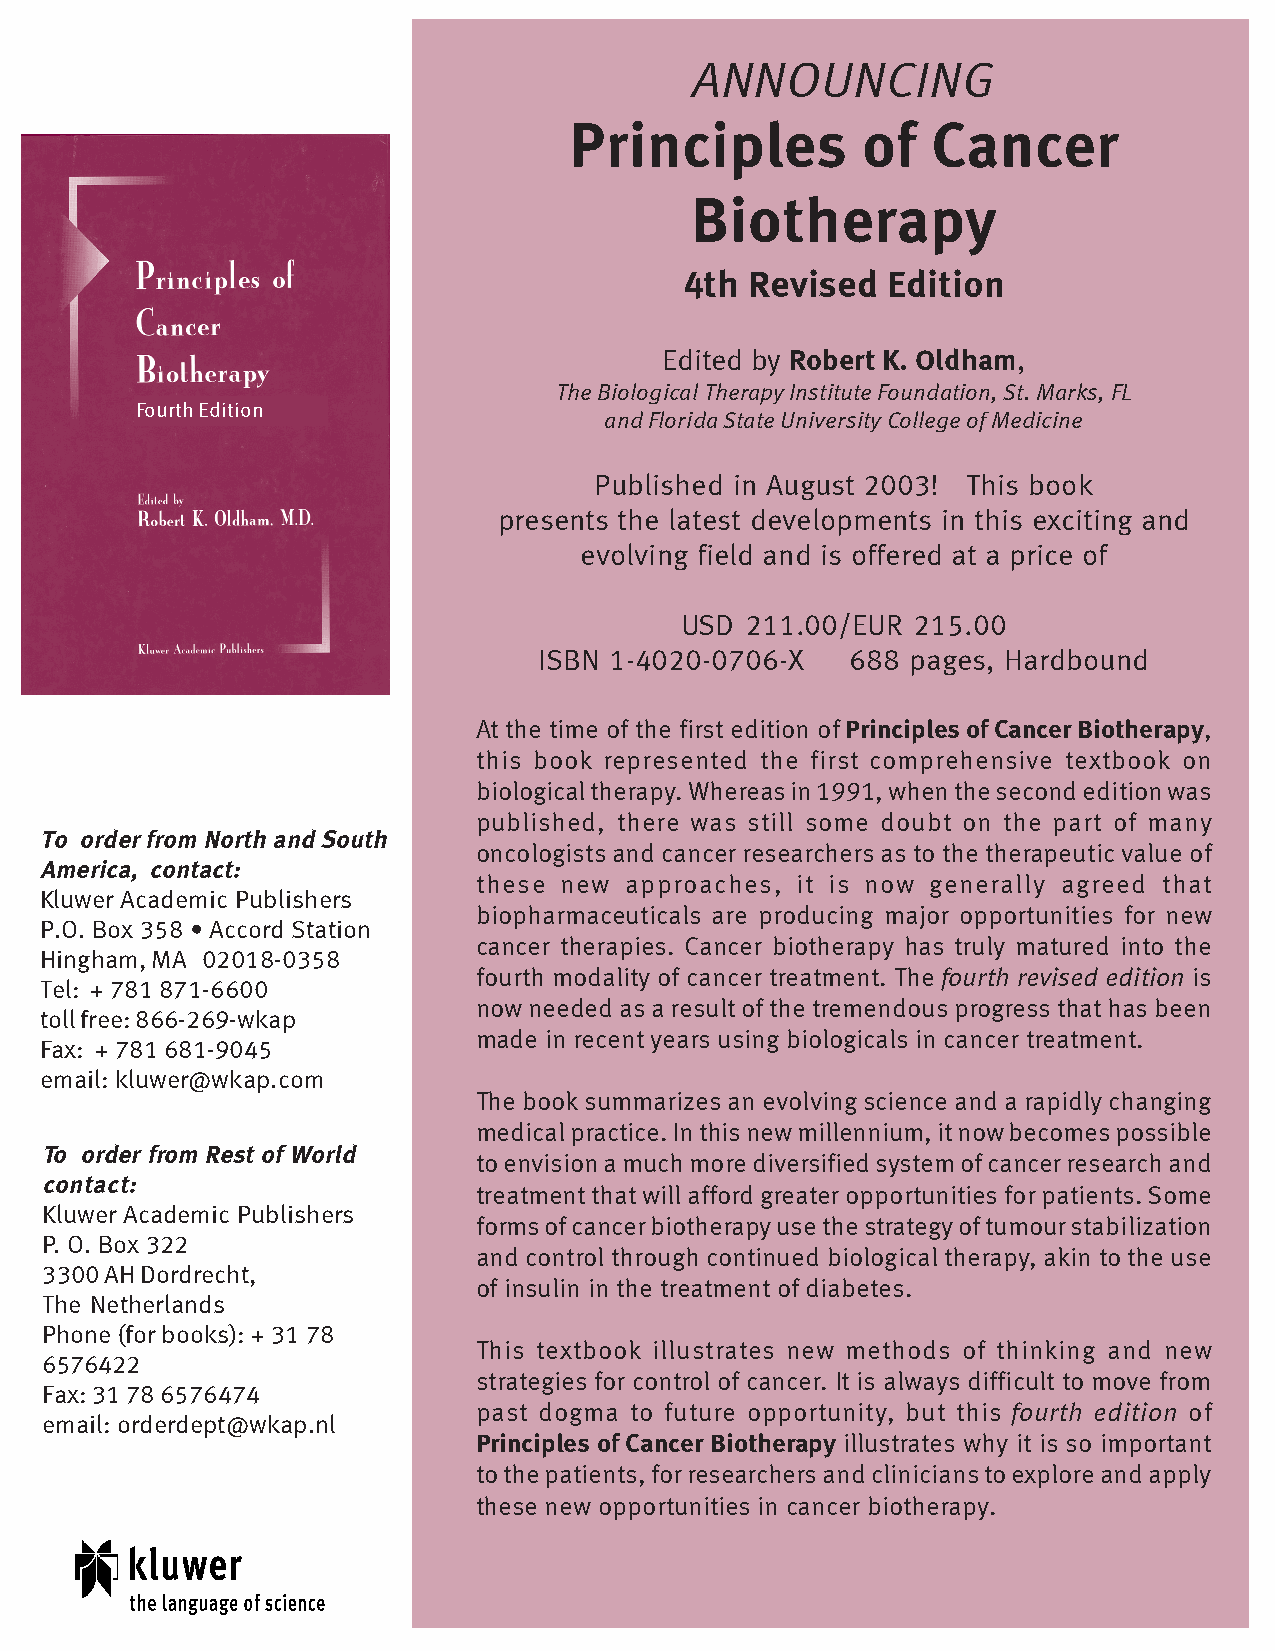
ANNOUNCING
 Principles         of   Cancer
 Biotherapy
 4th  Revised  Edition
 Edited by Robert K. Oldham,
 The Biological Therapy Institute Foundation, St. Marks, FL
 Fourth Edition
 and Florida State University College of Medicine
 Published in August 2003! This book
 presents the latest developments in this exciting and
 evolving field and is offered at a price of
 USD 211.00/EUR  215.00
 ISBN 1-4020-0706-X  688 pages, Hardbound
 At the time of the first edition of Principles of Cancer Biotherapy,
 this book represented the first comprehensive textbook on
 biological therapy. Whereas in 1991, when the second edition was
 published, there was still some doubt on the part of many
 To order from North and South
 oncologists and cancer researchers as to the therapeutic value of
 America, contact:
 these new approaches, it is now generally agreed that
 Kluwer Academic Publishers
 biopharmaceuticals are producing major opportunities for new
 P.O. Box 358 • Accord Station
 cancer therapies. Cancer biotherapy has truly matured into the
 Hingham, MA 02018-0358
 fourth modality of cancer treatment. The fourth revised edition is
 Tel: + 781 871-6600
 now needed as a result of the tremendous progress that has been
 toll free: 866-269-wkap
 made in recent years using biologicals in cancer treatment.
 Fax: + 781 681-9045
 email: kluwer@wkap.com
 The book summarizes an evolving science and a rapidly changing
 medical practice. In this new millennium, it now becomes possible
 To order from Rest of World
 to envision a much more diversified system of cancer research and
 contact:
 treatment that will afford greater opportunities for patients. Some
 Kluwer Academic Publishers
 forms of cancer biotherapy use the strategy of tumour stabilization
 P. O. Box 322
 and control through continued biological therapy, akin to the use
 3300 AH Dordrecht,
 of insulin in the treatment of diabetes.
 The Netherlands
 Phone (for books): + 31 78
 This textbook illustrates new methods of thinking and new
 6576422
 strategies for control of cancer. It is always difficult to move from
 Fax: 31 78 6576474
 past dogma to future opportunity, but this fourth edition of
 email: orderdept@wkap.nl
 Principles of Cancer Biotherapy illustrates why it is so important
 to the patients, for researchers and clinicians to explore and apply
 these new opportunities in cancer biotherapy.